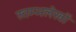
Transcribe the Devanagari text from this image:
स्तम्भलेखों